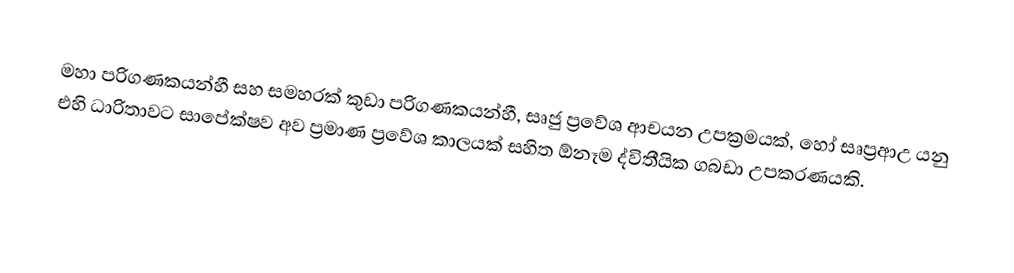
මහා පරිගණකයන්හී සහ සමහරක්  කුඩා පරිගණකයන්හී, සෘජු ප්‍රවේශ ආචයන උපක්‍රමයක්, හෝ සෘප්‍රආඋ  යනු එහි ධාරිතාවට සාපේක්ෂව අව ප්‍රමාණ ප්‍රවේශ කාලයක් සහිත ඕනෑම ද්විතීයික ගබඩා උපකරණයකි.